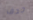
جدف